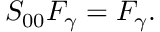
S _ { 0 0 } F _ { \gamma } = F _ { \gamma } .